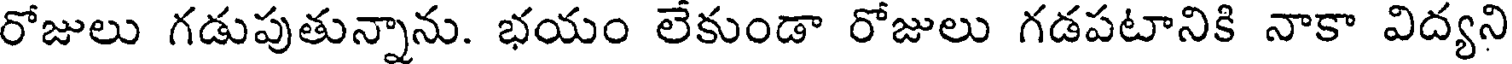
రోజులు గడుపుతున్నాను. భయం లేకుండా రోజులు గడపటానికి నాకా విద్యని